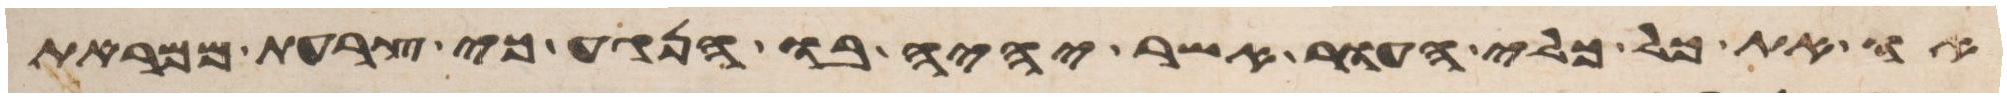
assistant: או את כל כלי העור אשר יהיה בו הנגע כי צרעת ממראת